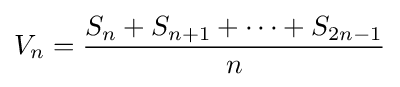
V_{n}={\frac {S_{n}+S_{n+1}+\cdots +S_{2n-1}}{n}}